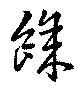
餘